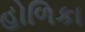
હોળિકા